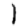
Digit: 1